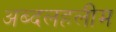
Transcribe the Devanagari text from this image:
अब्दलहलीम